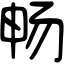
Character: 畅